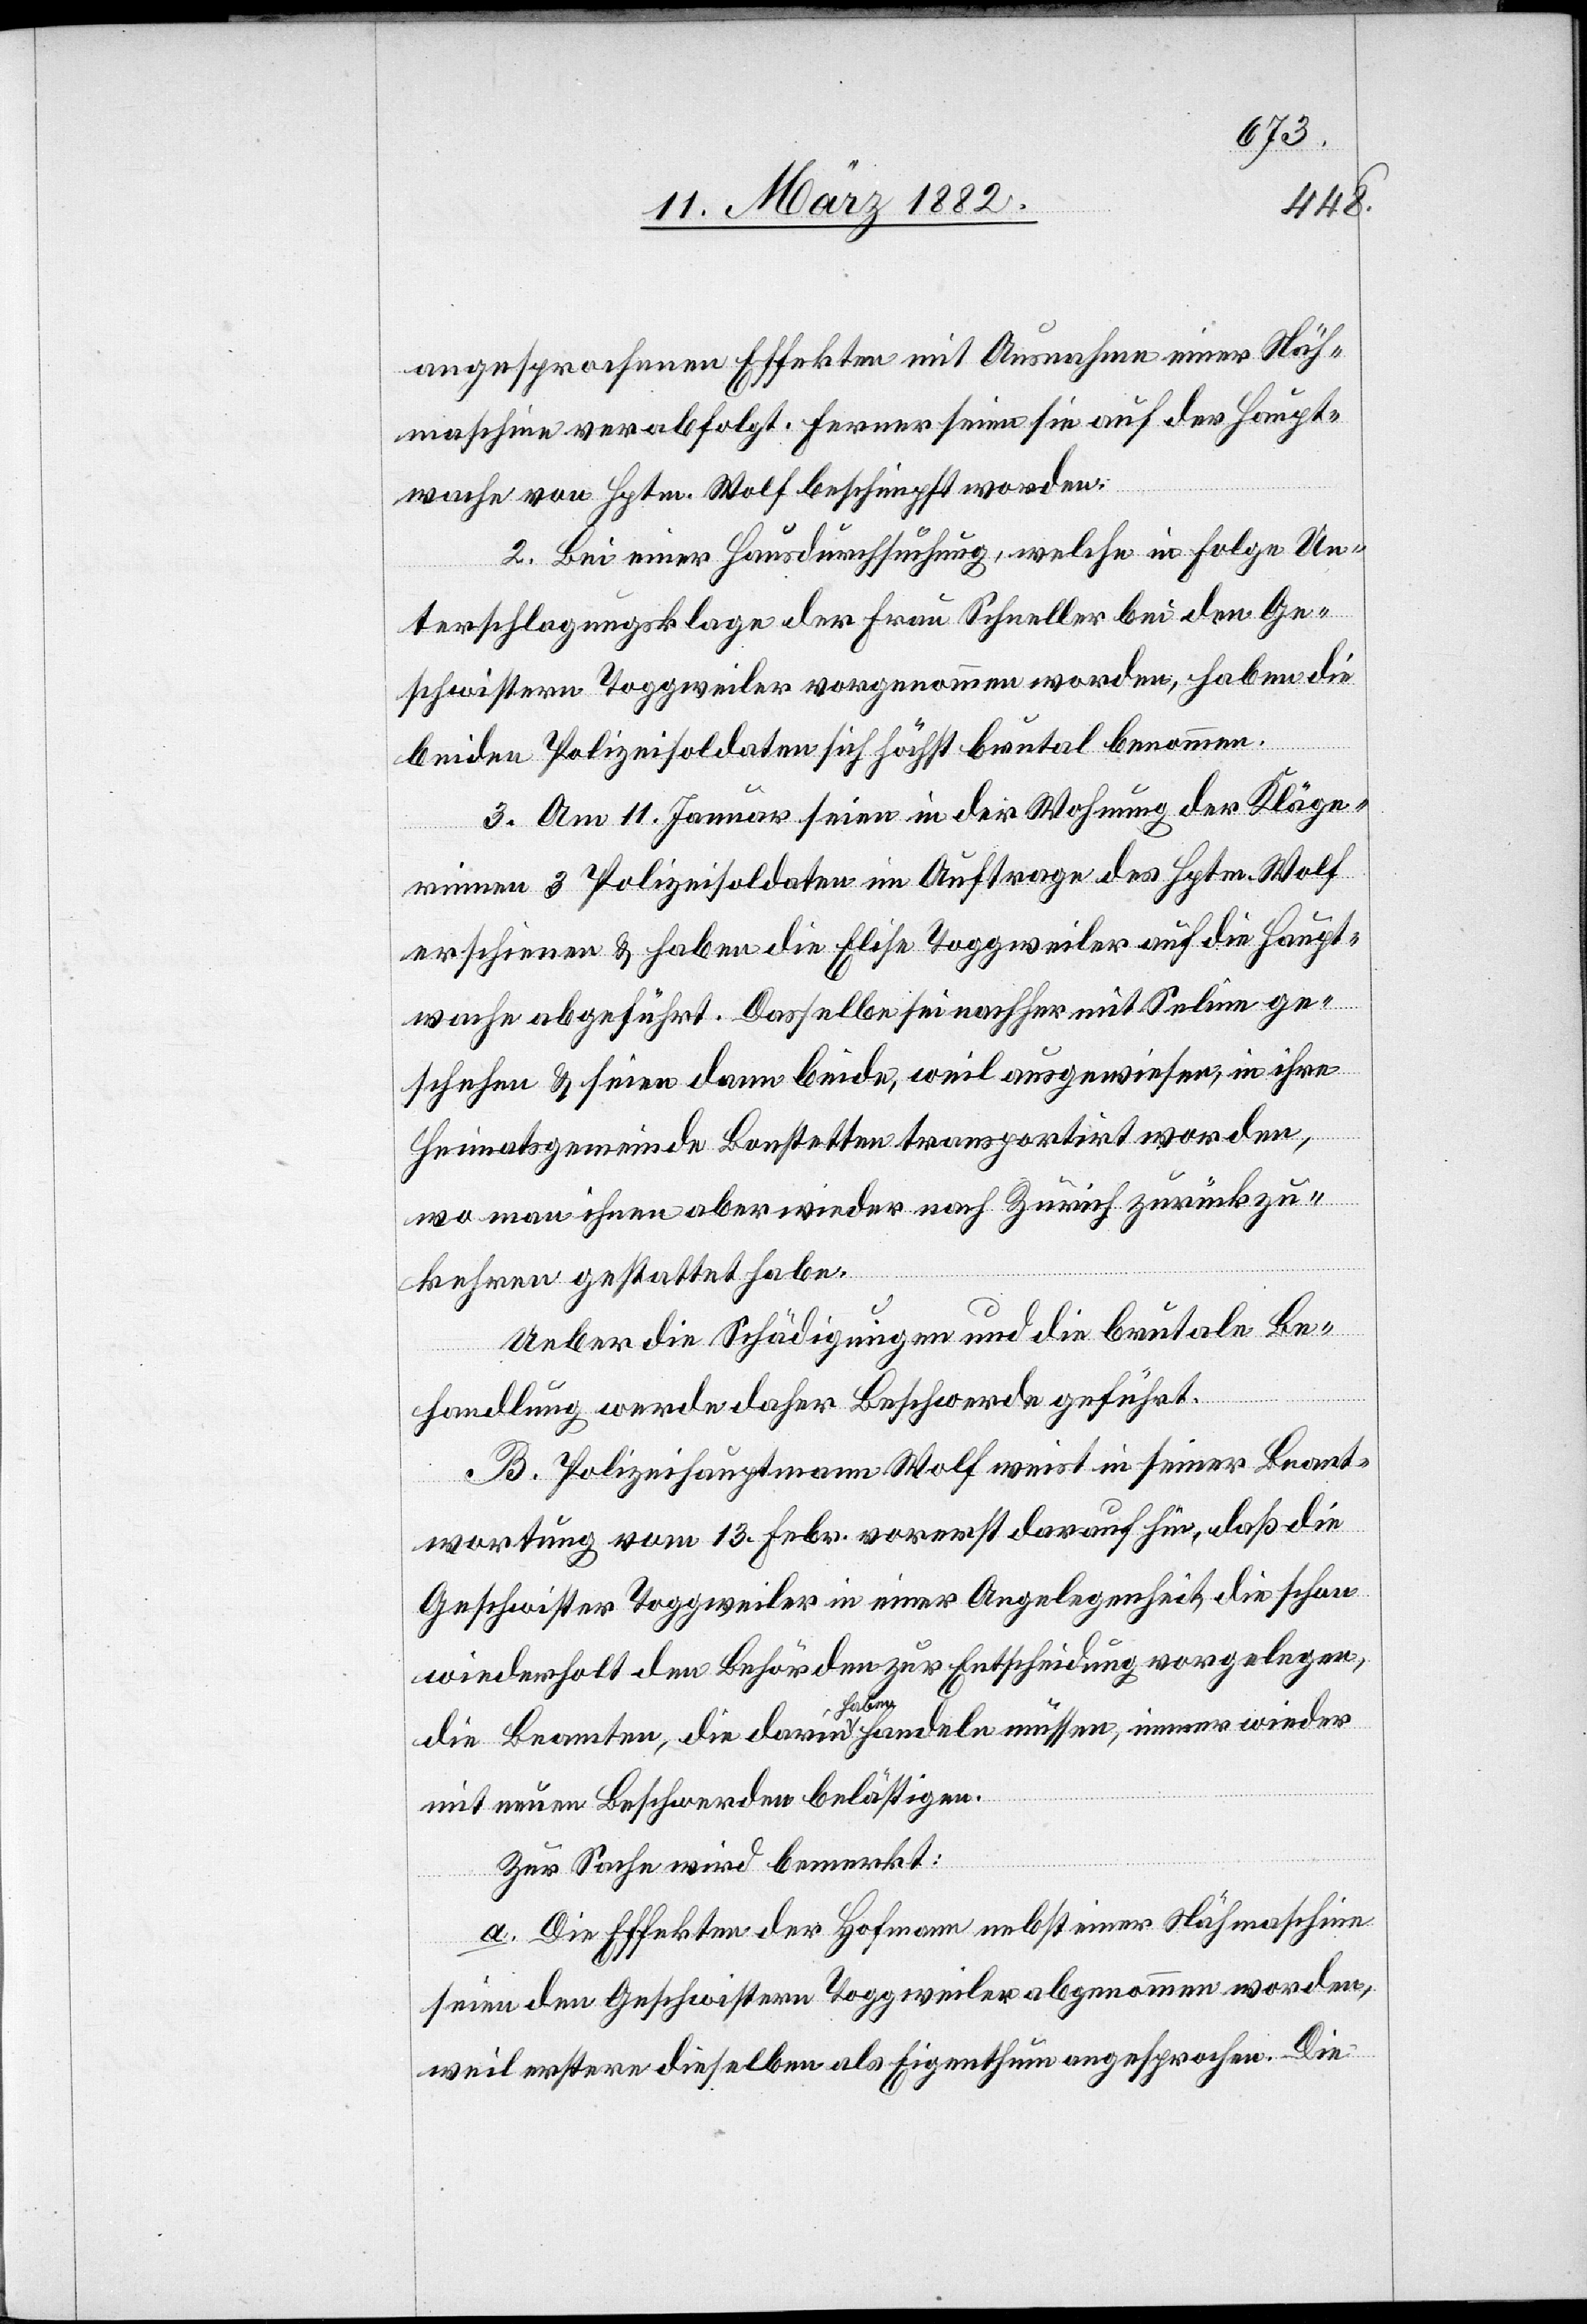
angesprochenen Effekten mit Ausnahmen einer Näh¬
maschine verabfolgt. Ferner seien sie auf der Haupt¬
wache von Hptm. Wolf beschimpft worden.
2. Bei einer Hausdurchsuchung, welche in Folge Un¬
terschlagungsklage der Frau Schneller bei den Ge¬
schwistern Toggweiler vorgenommen worden, haben die
beiden Polizeisoldaten sich höchst brutal benommen.
3. Am 11. Januar seien in der Wohnung der Kläge¬
rinnen 3 Polizeisoldaten im Auftrage des Hptm. Wolf
erschienen & haben die Elise Toggweiler auf die Haupt¬
wache abgeführt. Dasselbe sei nachher mit Selina ge¬
schehen & seien dann beide, weil ausgewiesen, in ihre
Heimatsgemeinde Bonstetten transportirt worden,
wo man ihnen aber wieder nach Zürich zurückzu¬
kehren gestattet habe.
Ueber die Schädigungen und die brutalen Be¬
handlung werde daher Beschwerde geführt.
B. Polizeihauptmann Wolf weist in seiner Beant¬
wortung vom 13. Febr. vorerst darauf hin, daß die
Geschwister Toggweiler in einer Angelegenheit, die schon
wiederholt den Behörden zur Entscheidung vorgelegen,
die Beamten, die darin a-haben-a handeln müssen, immer wieder
mit neuen Beschwerden belästigen.
Zur Sache wird bemerkt:
a. Die Effekten der Hofmann nebst einer Nähmaschine
seien den Geschwistern Toggweiler abgenommen worden
weil erstere dieselben als Eigenthum angesprochen. Die